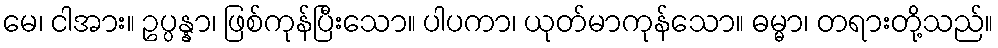
မေ၊ ငါအား။ ဥပ္ပန္နာ၊ ဖြစ်ကုန်ပြီးသော။ ပါပကာ၊ ယုတ်မာကုန်သော။ ဓမ္မာ၊ တရားတို့သည်။